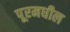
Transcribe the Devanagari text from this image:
पूरमधील